Investigations on Bengal jail dietaries - Number 37
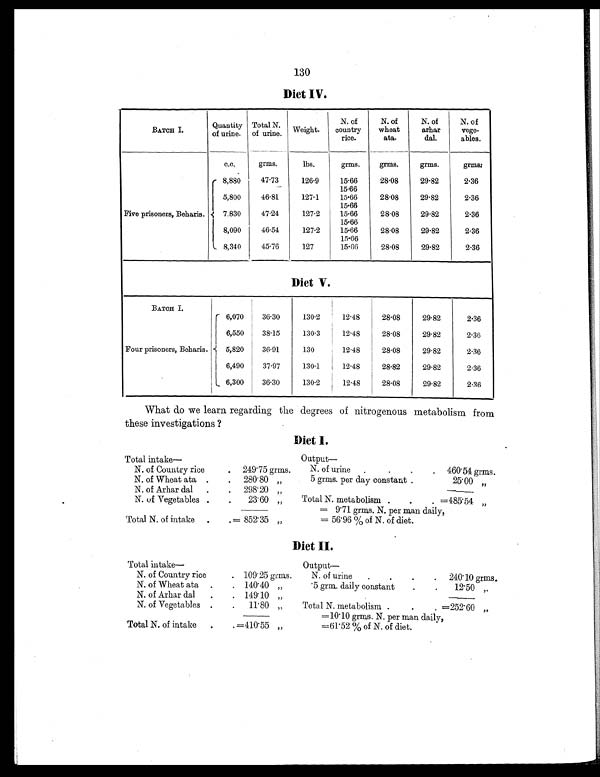
130
Diet IV.
BATCH I.
Quantity
of urine.
Total N.
of urine. Weight.
N. of
country rice.
N. of
wheat
ata.
N. of
arhar
dal.
N. of
vege-
ables.
c.c.
grms.
lbs.
grms.
grms.
grms.
grms.
Five prisoners, Beharis.
8,880
47.73
126.9
15.66
28.08
29.82
2.36
15.66
5,800
46.81
127.1
15.66
28.08
29.82
2.36
15.66
7,830
47.24
127.2
15.66
28.08
29.82
2.36
15.66
8,090
46.54
127.2
15.66
28.08
29.82
2.36
15.66
8,340
45.76
127
15.66
28.08
29.82
2.36
Diet V.
BATCH I.
Four prisoners, Beharis.
6,070
36.30
130.2
12.48
28.08
29.82
2.36
6,550
38.15
130.3
12.48
28.08
29.82
2.36
5,820
36.91
130
12.48
28.08
29.82
2.36
6,490
37.97
130.1
12.48
28.82
29.82
2.36
6,300
36.30
130.2
12.48
28.08
29.82
2.36
What do we learn regarding the degrees of nitrogenous metabolism from
these investigations ?
Diet I.
Total intake—
Output —
N. of Country rice
.
249.75 grms.
N. of urine
.
.
.
.
460.54 grms.
N. of Wheat ata .
.
280.80 „
5 grms. per day constant .
25.00 „
N. of Arhar dal
.
.
298.20 „
N. of Vegetables .
.
23.60 „
Total N. metabolism .
.
. =485.54 „
= 9.71 grms. N. per man daily,
Total N. of intake
.
. = 852.35 „
= 56.96 % of N. of diet.
Diet II.
Total intake—
Output —
N. of Country rice
. 109.25 grms.
N. of urine
.
.
.
.
240.10 grms.
N. of Wheat ata
.
. 140.40 „
.5 grm. daily constant
.
.
12.50 „
N. of Arhar dal
.
. 149.10 „
N. of Vegetables .
.
11.80 „
Total N. metabolism .
.
. =252.60 „
=10.10 grms. N. per man daily,
Total N. of intake
.
. =410.55 „
=61.52 % of N. of diet.